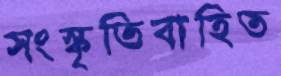
সংস্কৃতিবাহিত